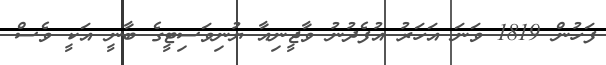
ފަހުން 1819 ވަނަ އަހަރު އުފެދުނު ވާޖީނިއާ ޔުނިވަސިޓީގެ ބާނީ އަކީ ވެސް